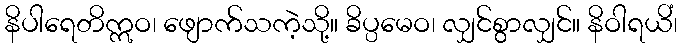
နိပါရေတိဣဝ၊ ဖျောက်သကဲ့သို့။ ခိပ္ပမေဝ၊ လျှင်စွာလျှင်။ နိဝါရယိံ၊